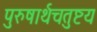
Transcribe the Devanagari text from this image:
पुरुषार्थचतुष्टय